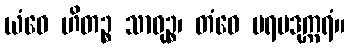
ယံဝေ ဟိတဉ္စ သာဓုဉ္စ၊ တံဝေ ပရမဒုက္ကရံ။